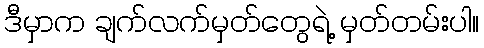
ဒီမှာက ချက်လက်မှတ်တွေရဲ့ မှတ်တမ်းပါ။